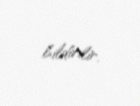
bildirilir.